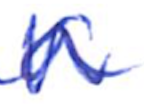
Text: a
Cross-out: zig-zag
Writing tool: ballpoint